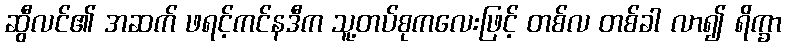
ဆွီလင်၏ အဆက် ဖရင့်ကင်နဒီက သူ့တပ်စုကလေးဖြင့် တစ်လ တစ်ခါ လာ၍ ရိက္ခာ